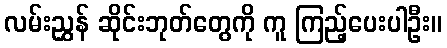
လမ်းညွှန် ဆိုင်းဘုတ်တွေကို ကူ ကြည့်ပေးပါဦး။